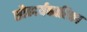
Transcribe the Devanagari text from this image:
सौन्दर्यकारिका